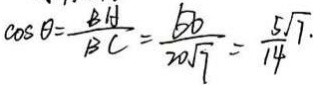
\cos \theta = \frac { B A } { B C } = \frac { 5 0 } { 2 0 \sqrt { 7 } } = \frac { 5 \sqrt { 7 \cdot } } { 1 4 }